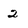
Character: 2